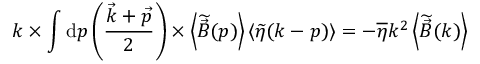
\boldsymbol { k } \times \int \mathrm { d } \boldsymbol { p } \left( \frac { \vec { k } + \vec { p } } { 2 } \right) \times \left< \widetilde { \vec { B } } ( \boldsymbol { p } ) \right> \left< \widetilde { \eta } ( \boldsymbol { k } - \boldsymbol { p } ) \right> = - \overline { { \eta } } k ^ { 2 } \left< \widetilde { \vec { B } } ( \boldsymbol { k } ) \right>